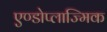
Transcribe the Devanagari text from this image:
एण्डोप्लाज्मिक